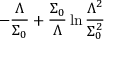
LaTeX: - \frac { \Lambda } { \Sigma _ { 0 } } + \frac { \Sigma _ { 0 } } { \Lambda } \ln \frac { \Lambda ^ { 2 } } { \Sigma _ { 0 } ^ { 2 } }